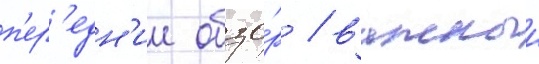
п'ер'едн'ии обзо́р / важныи